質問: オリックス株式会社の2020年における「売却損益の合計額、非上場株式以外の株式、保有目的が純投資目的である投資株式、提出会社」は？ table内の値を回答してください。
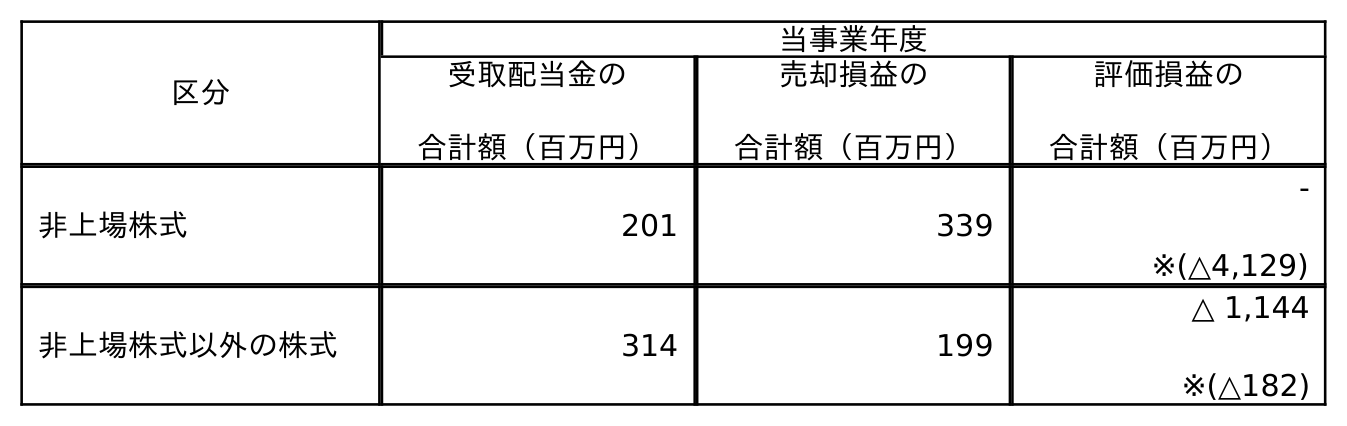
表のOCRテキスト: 区分 当事業年度 受取配当金の 合計額（百万円） 売却損益の 合計額（百万円） 評価損益の 合計額（百万円） 非上場株式 201 339 - ※(△4,129) 非上場株式以外の株式 314 199 △ 1,144 ※(△182)
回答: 199